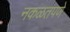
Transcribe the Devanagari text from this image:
नकळतपणे